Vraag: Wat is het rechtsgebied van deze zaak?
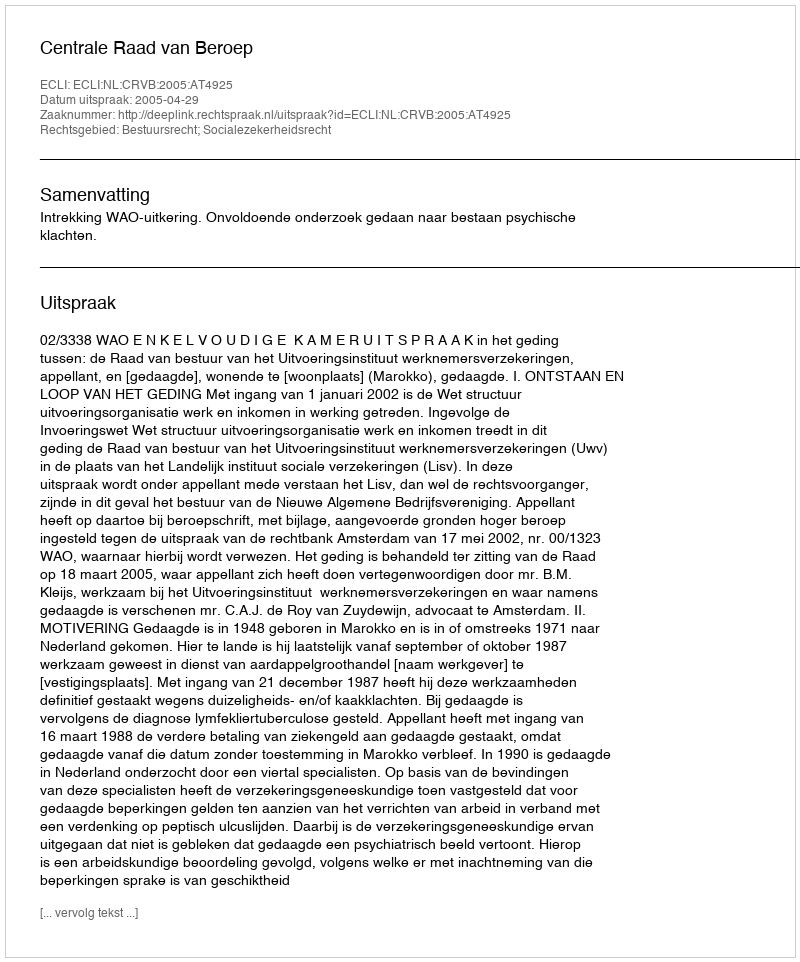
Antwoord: Bestuursrecht; Socialezekerheidsrecht